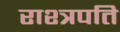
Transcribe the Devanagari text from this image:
राश्त्रपति